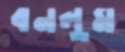
বনলুম